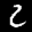
Label: 2